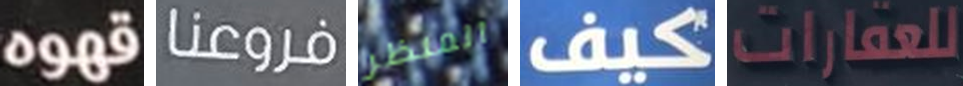
قهوه فروعنا المنظر كيف للعقارات